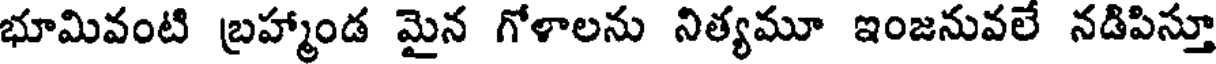
భూమివంటి బ్రహ్మాండ మైన గోళాలను నిత్యమూ ఇంజనువలే నడిపిస్తూ